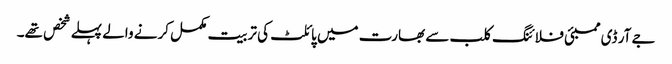
جے آر ڈی ممبئی فلائنگ کلب سے بھارت میں پائلٹ کی تربیت مکمل کرنے والے پہلے شخص تھے۔